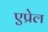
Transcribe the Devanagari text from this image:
एप्रेल